Indian journal of veterinary science and animal husbandry - Volumes 22-23, 1952-1953
Year: 1952
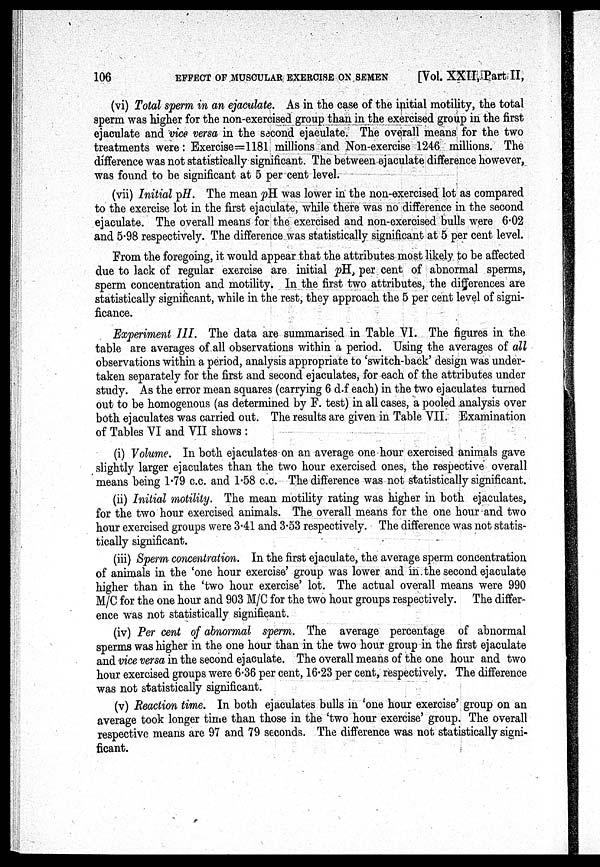
106
EFFECT OF MUSCULAR EXERCISE ON SEMEN
[Vol. XXII, Part II,
(vi) Total sperm in an ejaculate. As in the case of the initial motility, the total
sperm was higher for the non-exercised group than in the exercised group in the first
ejaculate and vice versa in the second ejaculate. The overall means for the two
treatments were: Exercise=1181 millions and Non-exercise 1246 millions. The
difference was not statistically significant. The between ejaculate difference however,
was found to be significant at 5 per cent level.
(vii) Initial pH. The mean pH was lower in the non-exercised lot as compared
to the exercise lot in the first ejaculate, while there was no difference in the second
ejaculate. The overall means for the exercised and non-exercised bulls were 6.02
and 5.98 respectively. The difference was statistically significant at 5 per cent level.
From the foregoing, it would appear that the attributes most likely to be affected
due to lack of regular exercise are initial pH, per cent of abnormal sperms,
sperm concentration and motility. In the first two attributes, the differences are
statistically significant, while in the rest, they approach the 5 per cent level of signi-
ficance.
Experiment III. The data are summarised in Table VI. The figures in the
table are averages of all observations within a period. Using the averages of all
observations within a period, analysis appropriate to 'switch-back' design was under-
taken separately for the first and second ejaculates, for each of the attributes under
study. As the error mean squares (carrying 6 d.f each) in the two ejaculates turned
out to be homogenous (as determined by F. test) in all cases, a pooled analysis over
both ejaculates was carried out. The results are given in Table VII. Examination
of Tables VI and VII shows :
(i) Volume. In both ejaculates on an average one hour exercised animals gave
slightly larger ejaculates than the two hour exercised ones, the respective overall
means being 1.79 c.c. and 1.58 c.c. The difference was not statistically significant.
(ii) Initial motility. The mean motility rating was higher in both ejaculates,
for the two hour exercised animals. The overall means for the one hour and two
hour exercised groups were 3.41 and 3.53 respectively. The difference was not statis-
tically significant.
(iii) Sperm concentration. In the first ejaculate, the average sperm concentration
of animals in the 'one hour exercise' group was lower and in the second ejaculate
higher than in the 'two hour exercise' lot. The actual overall means were 990
M/C for the one hour and 903 M/C for the two hour groups respectively. The differ-
ence was not statistically significant.
(iv) Per cent of abnormal sperm. The average percentage of abnormal
sperms was higher in the one hour than in the two hour group in the first ejaculate
and vice versa in the second ejaculate. The overall means of the one hour and two
hour exercised groups were 6.36 per cent, 16.23 per cent, respectively. The difference
was not statistically significant.
(v) Reaction time. In both ejaculates bulls in 'one hour exercise' group on an
average took longer time than those in the 'two hour exercise' group. The overall
respective means are 97 and 79 seconds. The difference was not statistically signi-
ficant.